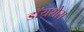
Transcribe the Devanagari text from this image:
डॉयशेस